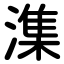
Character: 潗